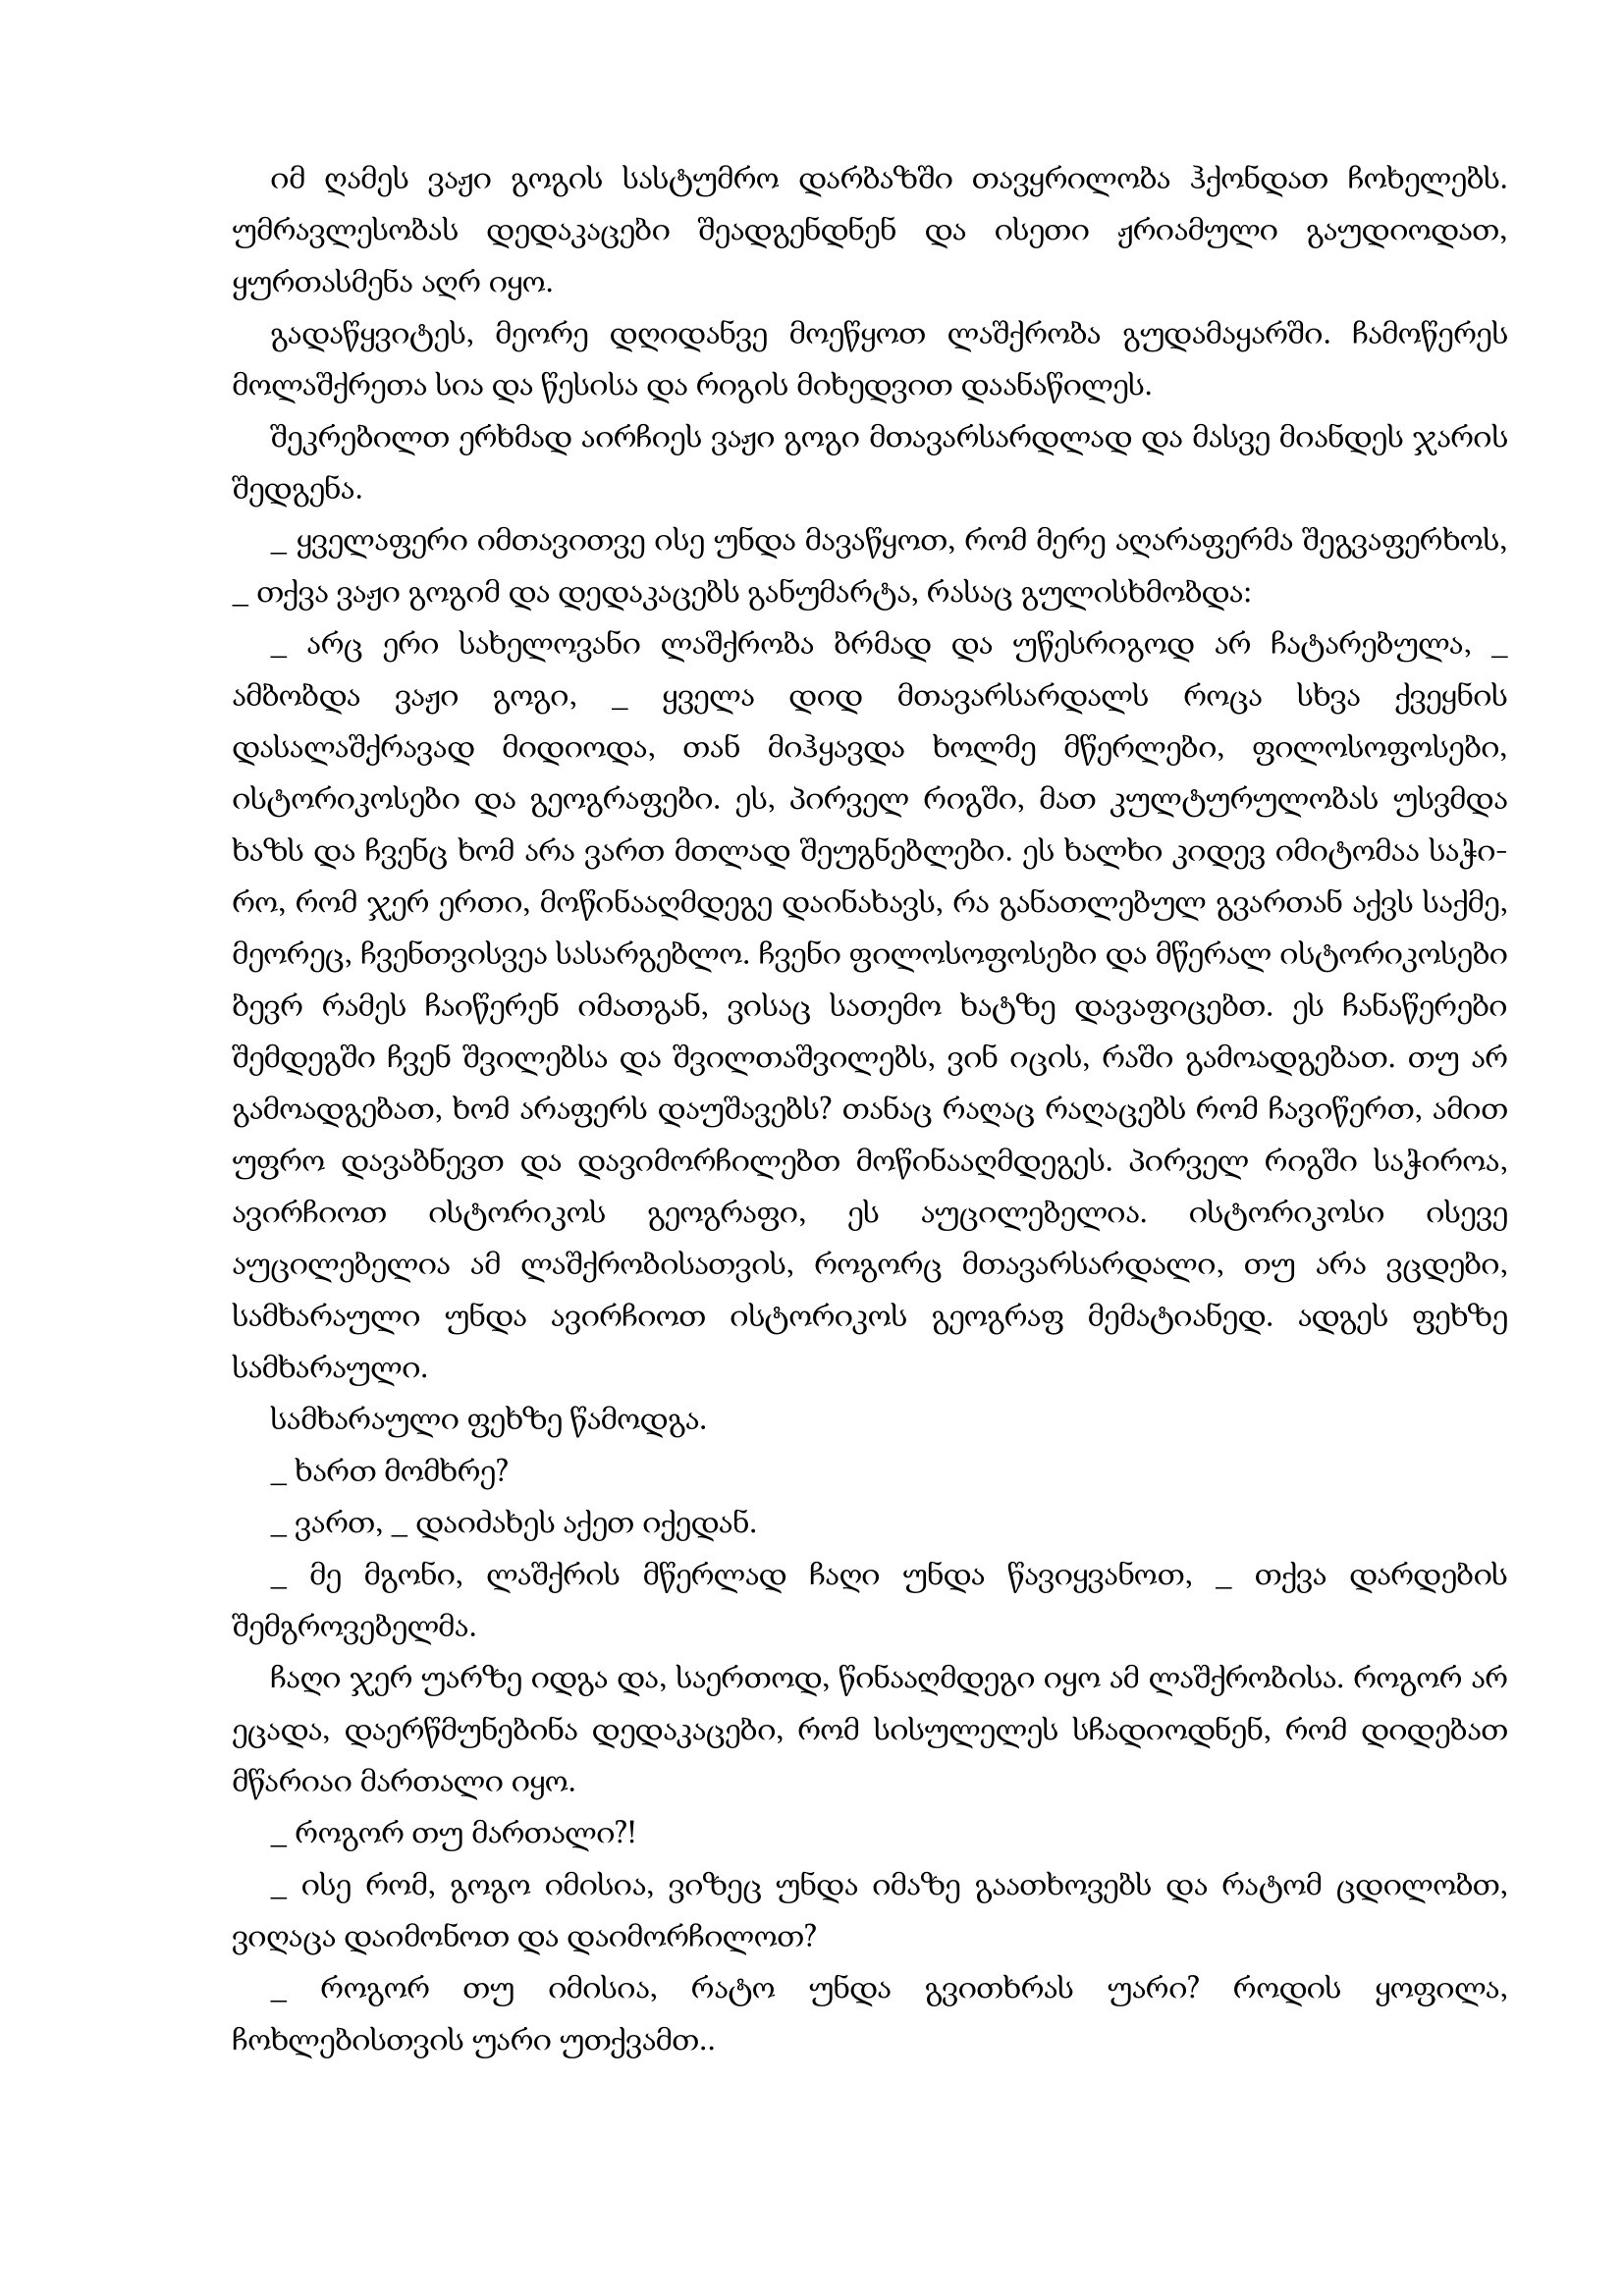
Language: gr